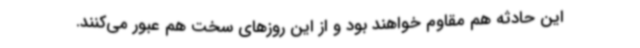
این حادثه هم مقاوم خواهند بود و از این روزهای سخت هم عبور می‌کنند.